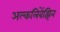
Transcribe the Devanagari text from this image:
अल्कलिबेंझिन